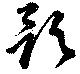
歌